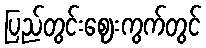
ပြည်တွင်းဈေးကွက်တွင်